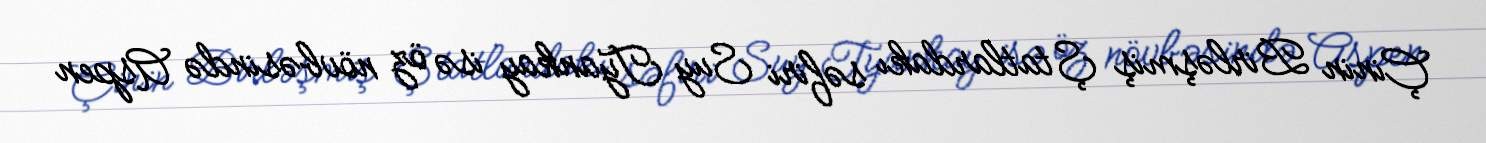
Çinin Birləşmiş Ştatlardakı səfiri Suy Tyankay isə öz növbəsində Aspen